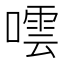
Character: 𭊤